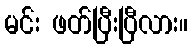
မင်း ဖတ်ပြီးပြီလား။